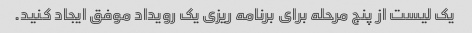
یک لیست از پنج مرحله برای برنامه ریزی یک رویداد موفق ایجاد کنید.